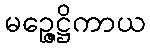
မဉ္ဇေဋ္ဌိကာယ